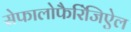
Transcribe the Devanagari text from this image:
सेफालोफैरिंजिऐल